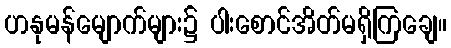
ဟနုမန်မျောက်များ၌ ပါးစောင်အိတ်မရှိကြချေ။